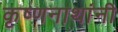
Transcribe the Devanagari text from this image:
कृष्णनाथांनी